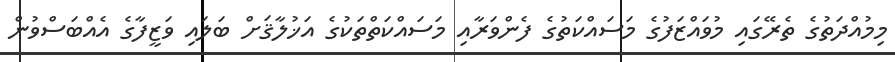
މިމުއްދަތުގެ ތެރޭގައި މުވައްޒަފުގެ މަސައްކަތުގެ ފެންވަރާއި މަސައްކަތްތަކުގެ އަޚުލާޤަށް ބަލައި ވަޒީފާގެ އެއްބަސްވުން